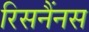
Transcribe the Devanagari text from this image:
रिसनैंनस